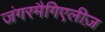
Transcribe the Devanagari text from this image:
जंगरमैगिएलीज़